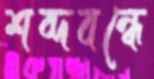
শব্দবন্ধে